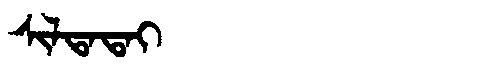
Manchu: ᠰᡳᠯᡨᠠᡨᠠᡳ
Romanization: SILTATAI